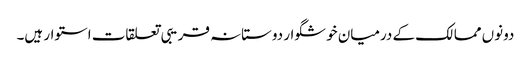
دونوں ممالک کے درمیان خوشگوار دوستانہ قریبی تعلقات استوار ہیں۔